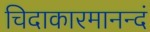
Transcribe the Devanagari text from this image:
चिदाकारमानन्दं